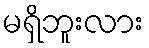
မရှိဘူးလား